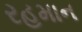
રહમાન